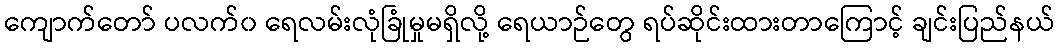
ကျောက်တော် ပလက်၀ ရေလမ်းလုံခြုံမှုမရှိလို့ ရေယာဉ်တွေ ရပ်ဆိုင်းထားတာကြောင့် ချင်းပြည်နယ်